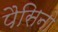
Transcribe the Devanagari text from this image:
पैसिनो